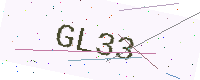
Text: GL33